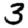
Digit: 3